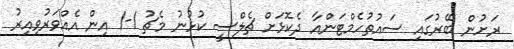
ރަށުން ބޭރުގައި ސައުތުހެމްޓަންއާ ދެކޮޅަށް ޗެލްސީ ކުޅުނު މެޗު 1-1 އިން އެއްވަރުވިއިރު